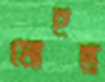
মোহন্ত